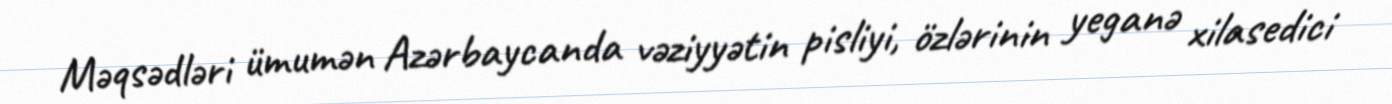
Məqsədləri ümumən Azərbaycanda vəziyyətin pisliyi, özlərinin yeganə xilasedici